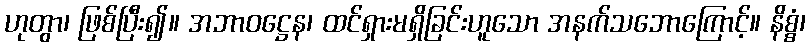
ဟုတွာ၊ ဖြစ်ပြီး၍။ အဘာဝဋ္ဌေန၊ ထင်ရှားမရှိခြင်းဟူသော အနက်သဘောကြောင့်။ နိစ္စံ၊